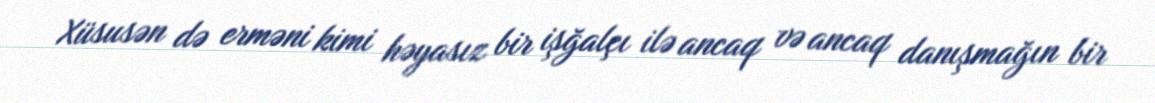
Xüsusən də erməni kimi həyasız bir işğalçı ilə ancaq və ancaq danışmağın bir